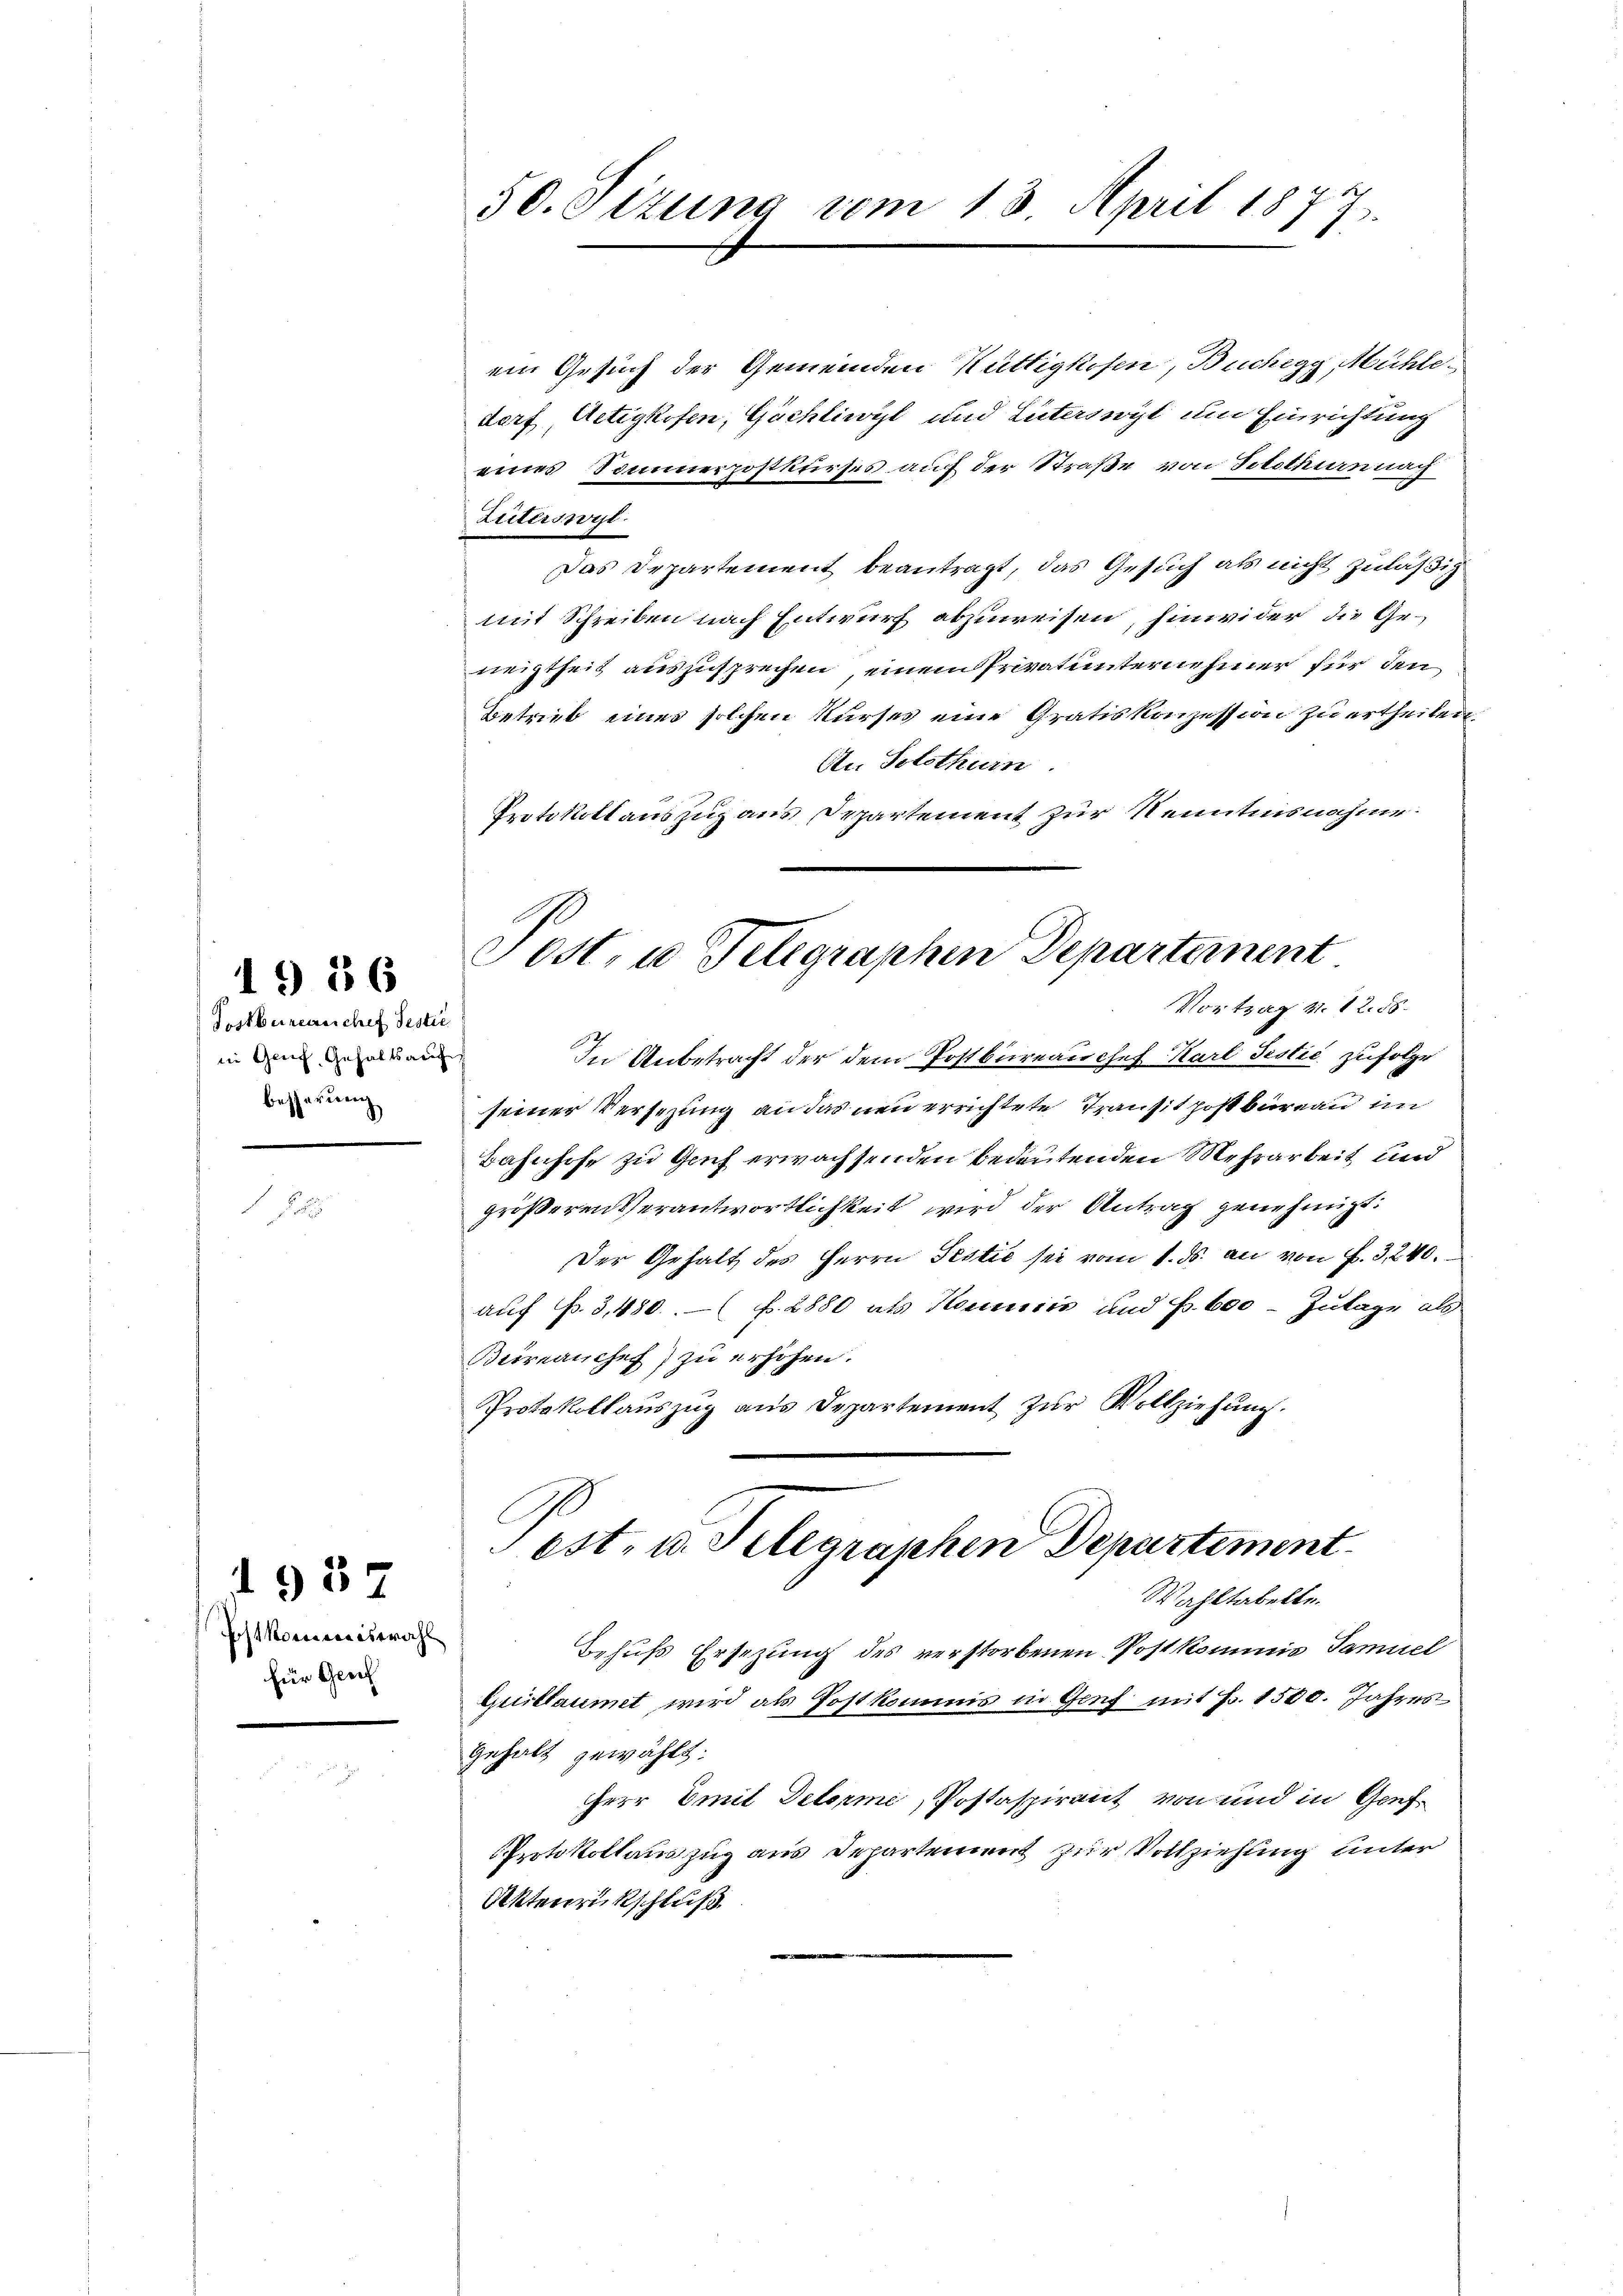
Postbureau chef festie
in Genf, Gehaltsauf
besserung

1986

For

Es kommiswahl
für Gesch

937

ein Gesuch der Gemeinden Hüttigkesen, Buchegg, Mühle-
dorf Actigkofen, Göchliwyl und Luterswyl um Einrichtung
eines Sommerpostkurses auf der Straße von Solothurn nu
Luterswyl
Das Departement beantragt, das Gesuch als nicht zuläßig
mit Schreiben nach Entwurf abzuweisen, hinwider, die Geneigtheit auszusprechen, einem Privatunternehmer für den
Betrieb eines solchen Kurses eine Gratiskonzession zu ertheilen.
An Solothurn.
Protokollauszug aus Departement zur Kenntnisnahme:
Vortrag v. 12. 58.
In Anbetracht der dem Postbureau chef Karl Sistić zufolge
seiner Versezung an das neu errichtete Transit post bureau im
Bahnhofe zu Genf erwachsenden bedeutenden Mehrarbeit und
größeren Verantwortlichkeit wird der Antrag genehmigt:
Der Gehalt des Herrn Testić sei vom 1. ds. an von f. 3240.
auf Fr. 3, 480 f. 2880 als Hemmnis und Fr. 600 - Zulage als
Berrauches) zu erhöhen.
Protokollauszug aus Departement zur Vollziehung.
est. u. Selegraphen Departement
Wahltabelle.
Behufs Ersezung des verstorbenen Postkommis Samuel
Exillaumet wird als Postkommis in Genf mit Fr. 1500. Jahres¬
Gehalt gewählt:
herr Emil Determe, Postaspirant von und in Genf¬
Protokollauszug aus Departement zur Vollziehung unter
Aktenrückschluß
e

50. Sizung vom 13. April 1877

Post, u. Telegraphen Departement